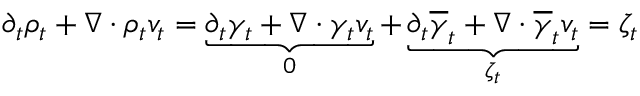
\begin{array} { r } { \partial _ { t } \rho _ { t } + \nabla \cdot \rho _ { t } v _ { t } = \underbrace { \partial _ { t } \gamma _ { t } + \nabla \cdot \gamma _ { t } v _ { t } } _ { 0 } + \underbrace { \partial _ { t } \overline { { \gamma } } _ { t } + \nabla \cdot \overline { { \gamma } } _ { t } v _ { t } } _ { \zeta _ { t } } = \zeta _ { t } } \end{array}